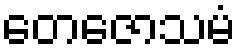
တေဇောသမံ